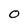
Character: O